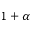
1 + \alpha